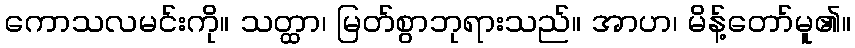
ကောသလမင်းကို။ သတ္ထာ၊ မြတ်စွာဘုရားသည်။ အာဟ၊ မိန့်တော်မူ၏။